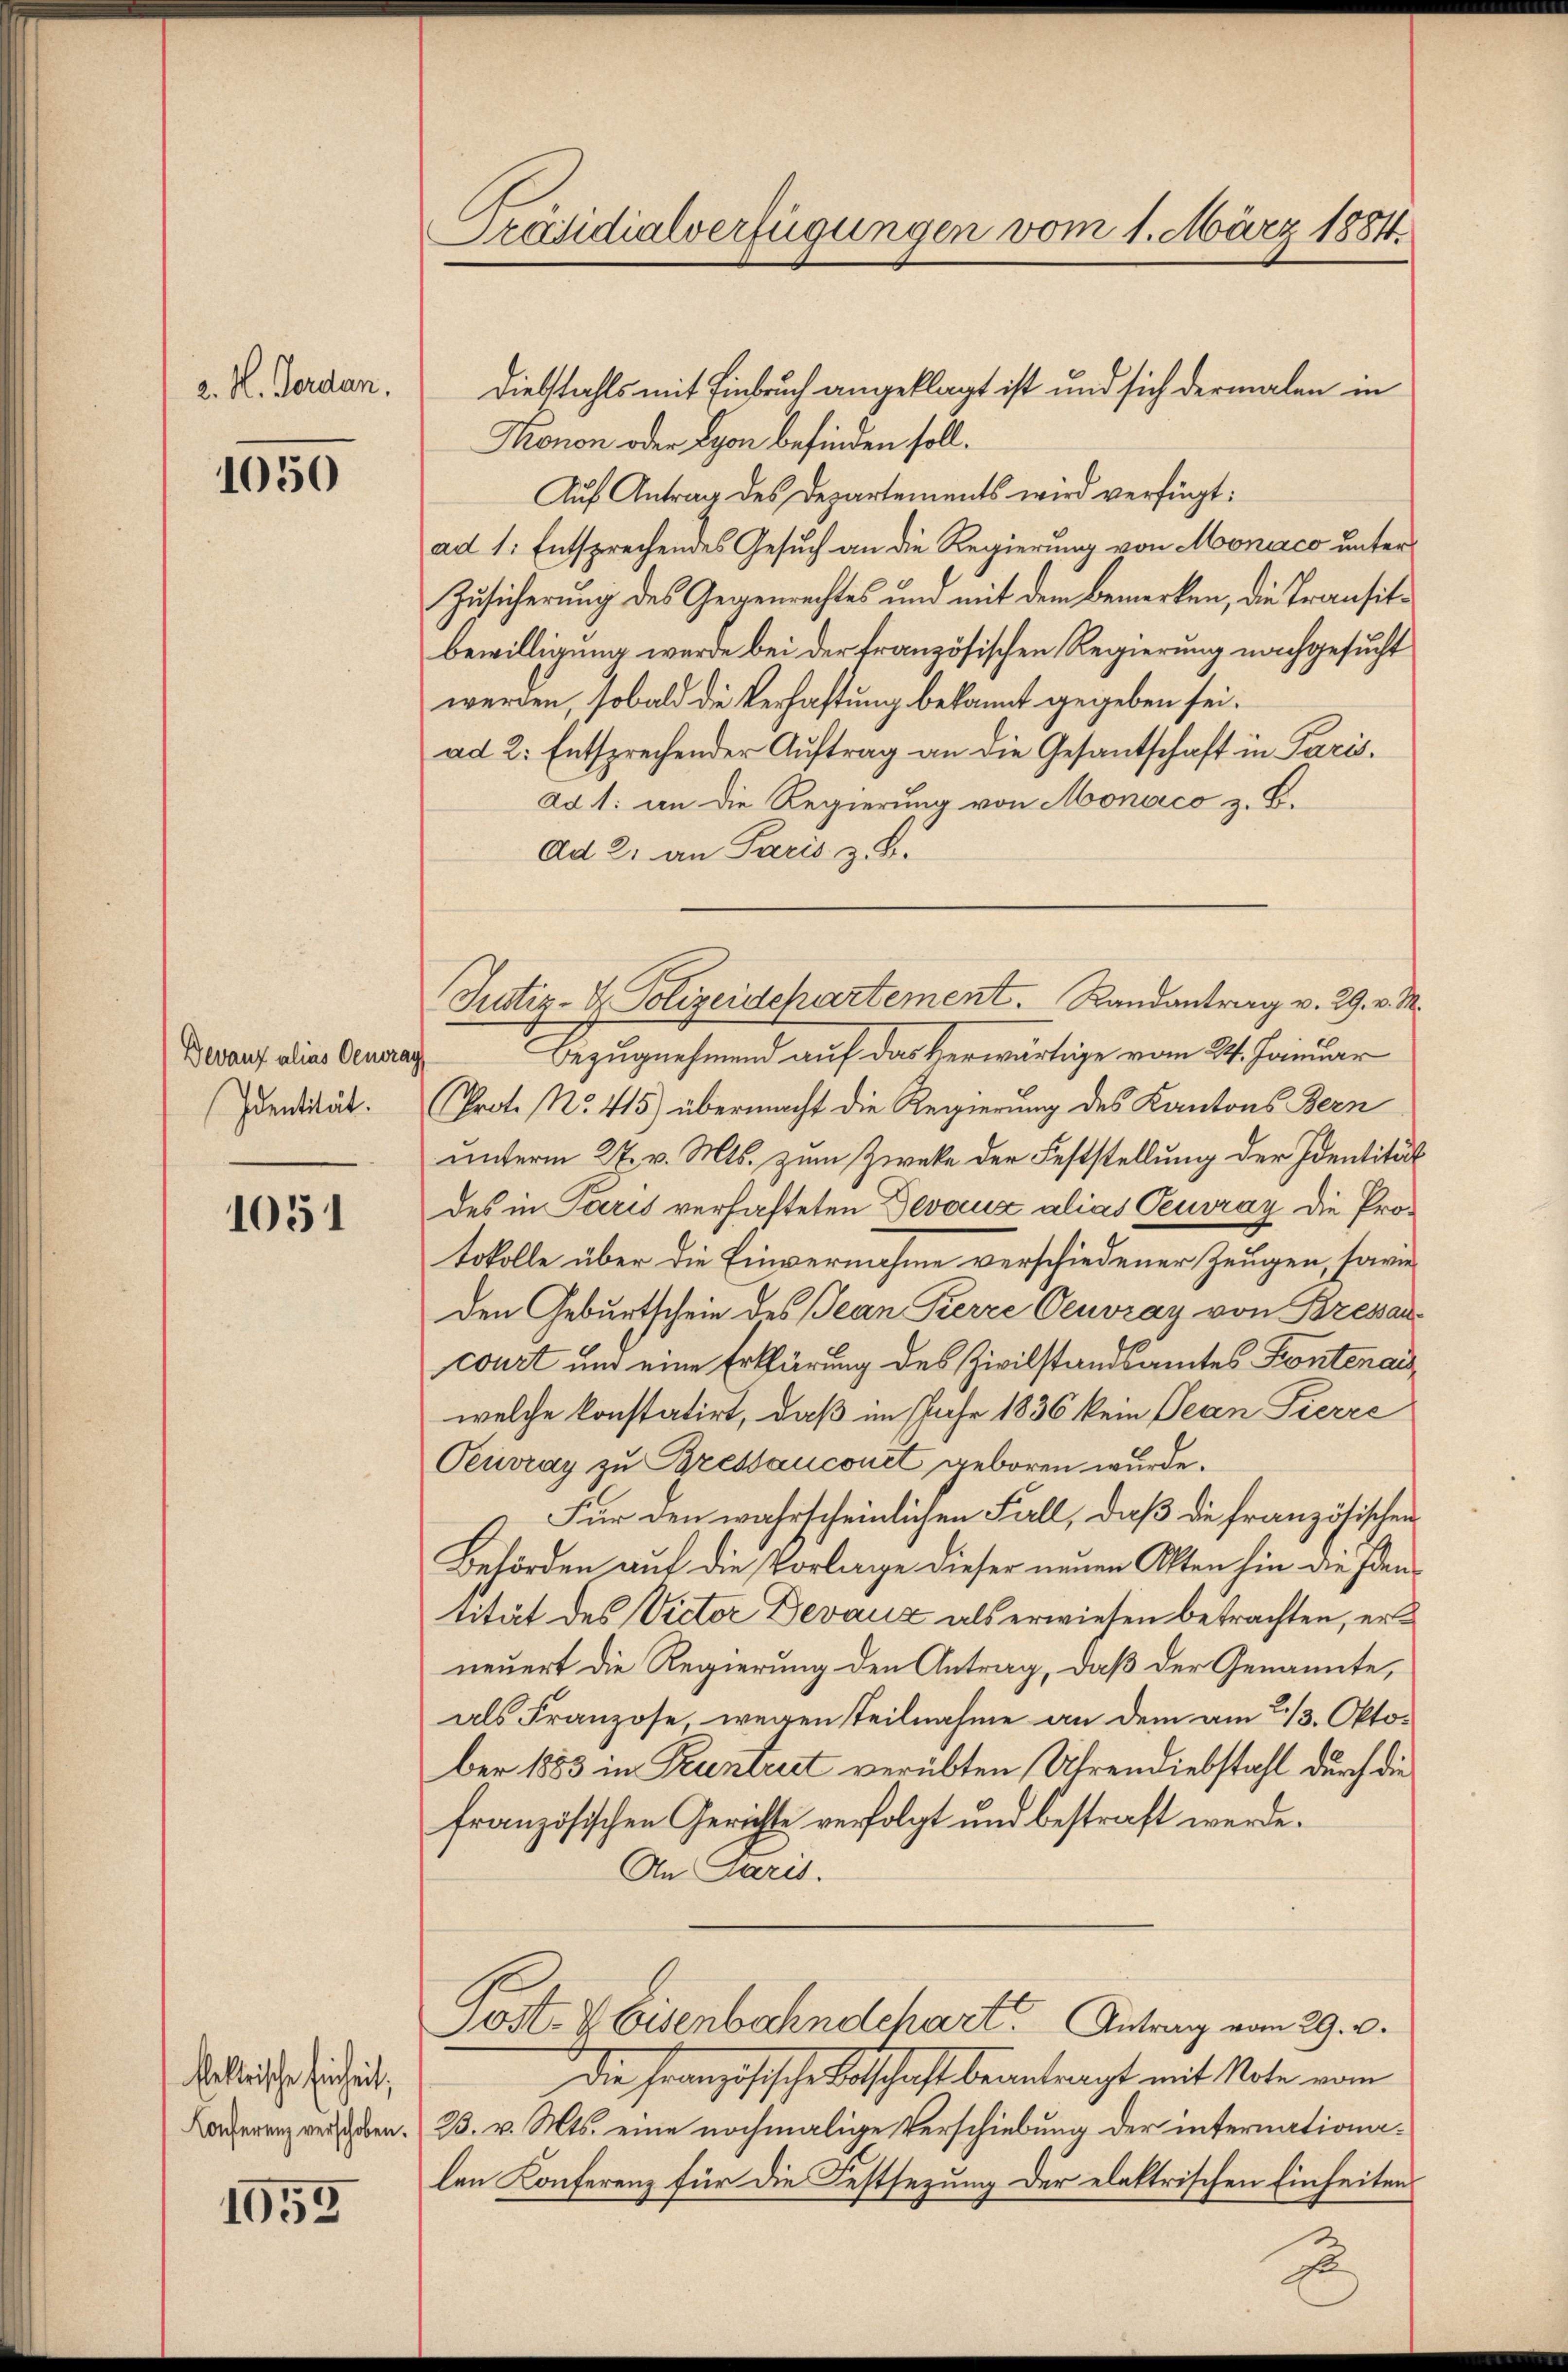
2. H. Gerdan,

1050

Devauf alias Genera
Identität.

1051

keltische Einheit;
Conferenz verschoben.

1053

Präsidialverfügungen vom 1. März 1884.

Diebstahls mit Einbruch angeklagt ist und sich dermalen in
Konon oder Lyon befinden soll.
Auf Antrag des Departements wird verfügt:
ad 1. Entsprechendes Gesuch an die Regierung von Monaco unter
Zusicherung des Gegenrechtes und mit dem Bemerken, die Transitbewilligung werde bei der französischen Regierung nachgesucht
werden, sobald die Verhaftung bekannt gegeben sei.
ad 2. Entsprechender Auftrag an die Gesantschaft in Parisad 1. an die Regierung von Monaco z. B.
Ad 2. an Paris z. B.
Bezugnehmend auf das Verwärtige vom 24. Januar
(Prot. No. 415) übermacht die Regierung des Kantons Bern
unterm 27. v. Mts. zum Zwecke der Feststellung der Identität
des in Paris verhafteten Devaux alias Teuvray die Protokolle über die Einvernahme verschiedener Zeugen, sowie
den Geburtschein des Jean Pierre Oenvzay von Bressan
court und eine Erklärung des Zivilstandsamtes Fontenais
welche konstatirt, daß im Jahr 1836 kein Jean Pierre
Oeuvray zu Bressancourt geboren wurde.
Für den wahrscheinlichen Fall, daß die französischen
Behörden auf die Vorlage dieser neuen Olten hin die Edentität des Victor Devaux als erwiesen betrachten, erneuert die Regierung den Antrag, daß der Genannte,
als Franzose wegen Teilnahme an dem am 2/3. Oktober 1883 in Pruntert verübten Uhrendiebstahl durch die
französischen Gerichte verfolgt und bestraft werde.
An Paris.
Sost- & Eisenbahndchart Antrag vom 29. v.
die Französische Botschaft beantragt mit Note vom
23. v. Mts. eine nochmalige Verschiebung der internationalen Konferenz für die Festsezung der elektrischen Einheiten

Justiz- & Polizeidepartement. Randantrag v. 29. v. M.